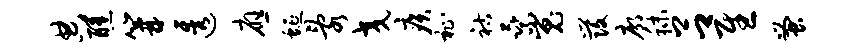
典醺篝透应蜒乱交疾祉祜乘嵬发廓秣吕慰蚤